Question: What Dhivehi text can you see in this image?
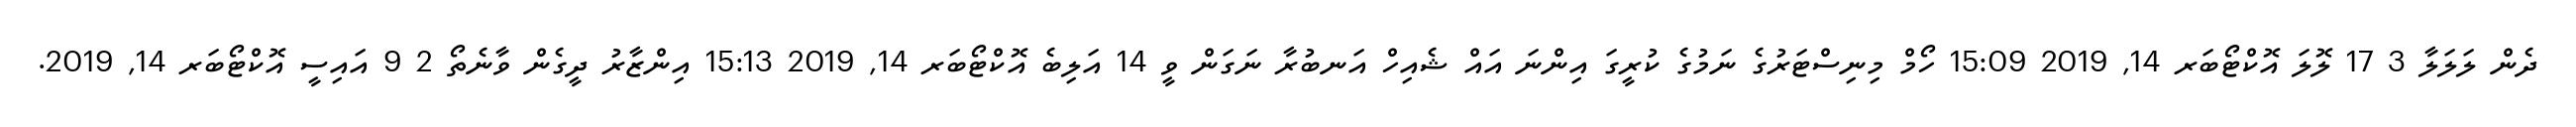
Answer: ދެން ލަލަލާ 3 17 ލޮލަ އޮކްޓޯބަރ 14, 2019 15:09 ހޯމް މިނިސްޓަރުގެ ނަމުގެ ކުރީގަ އިންނަ އައް ޝެއިހް އަނބުރާ ނަގަން ވީ 14 އަލިބެ އޮކްޓޯބަރ 14, 2019 15:13 އިންޒާރު ދީގެން ވާނެތޯ 2 9 އައިސީ އޮކްޓޯބަރ 14, 2019.